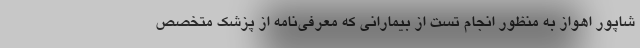
شاپور اهواز به منظور انجام تست از بیمارانی که معرفی‌نامه از پزشک متخصص